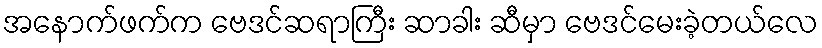
အနောက်ဖက်က ဗေဒင်ဆရာကြီး ဆာခါး ဆီမှာ ဗေဒင်မေးခဲ့တယ်လေ